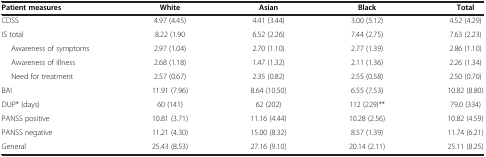
<table><thead><tr><td><b>Patient measures</b></td><td><b>White</b></td><td><b>Asian</b></td><td><b>Black</b></td><td><b>Total</b></td></tr></thead><tbody><tr><td>CDSS</td><td>4.97 (4.45)</td><td>4.41 (3.44)</td><td>3.00 (5.12)</td><td>4.52 (4.29)</td></tr><tr><td>IS total</td><td>8.22 (1.90</td><td>6.52 (2.26)</td><td>7.44 (2.75)</td><td>7.63 (2.23)</td></tr><tr><td>Awareness of symptoms</td><td>2.97 (1.04)</td><td>2.70 (1.10)</td><td>2.77 (1.39)</td><td>2.86 (1.10)</td></tr><tr><td>Awareness of illness</td><td>2.68 (1.18)</td><td>1.47 (1.32)</td><td>2.11 (1.36)</td><td>2.26 (1.34)</td></tr><tr><td>Need for treatment</td><td>2.57 (0.67)</td><td>2.35 (0.82)</td><td>2.55 (0.58)</td><td>2.50 (0.70)</td></tr><tr><td>BAI</td><td>11.91 (7.96)</td><td>8.64 (10.50)</td><td>6.55 (7.53)</td><td>10.82 (8.80)</td></tr><tr><td>DUP* (days)</td><td>60 (141)</td><td>62 (202)</td><td>112 (229)**</td><td>79.0 (334)</td></tr><tr><td>PANSS positive</td><td>10.81 (3.71)</td><td>11.16 (4.44)</td><td>10.28 (2.56)</td><td>10.82 (4.59)</td></tr><tr><td>PANSS negative</td><td>11.21 (4.30)</td><td>15.00 (8.32)</td><td>8.57 (1.39)</td><td>11.74 (6.21)</td></tr><tr><td>General</td><td>25.43 (8.53)</td><td>27.16 (9.10)</td><td>20.14 (2.11)</td><td>25.11 (8.25)</td></tr></tbody></table>